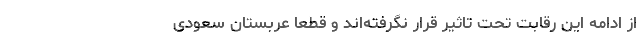
از ادامه این رقابت تحت تاثیر قرار نگرفته‌اند و قطعا عربستان سعودی